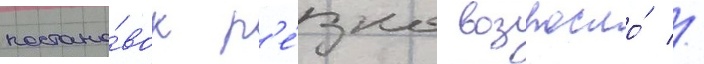
постано́вок р'е́зко возросло́ //